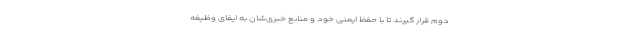
دوم قرار گیرند تا با حفظ ایمنی خود و منابع خبری‌شان به ایفای وظیفه